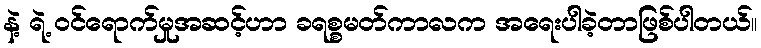
နဲ့ ရဲ့ ဝင်ရောက်မှုအဆင့်ဟာ ခရစ္စမတ်ကာလက အရေးပါခဲ့တာဖြစ်ပါတယ်။